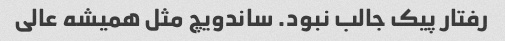
رفتار پیک جالب نبود. ساندویچ مثل همیشه عالی